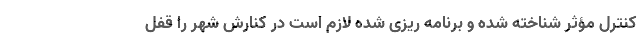
کنترل مؤثر شناخته شده و برنامه ریزی شده لازم است در کنارش شهر را قفل